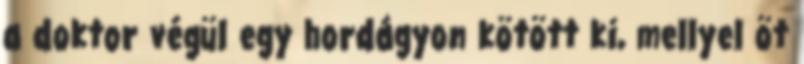
a doktor végül egy hordágyon kötött ki, mellyel öt